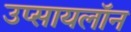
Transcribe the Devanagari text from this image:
उप्सायलॉन